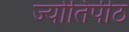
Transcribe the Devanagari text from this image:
ज्योतिर्पीठ